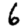
Digit: 6